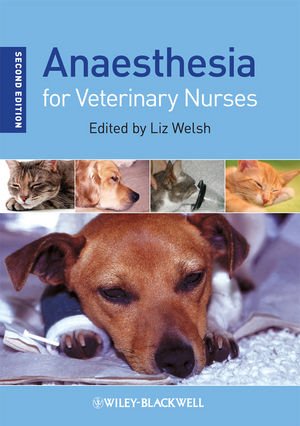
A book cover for Anaesthesia for Veterinary Nurses; Medical Books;